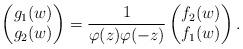
LaTeX: \begin{align*}\begin{pmatrix}g_1(w)\\g_2(w)\end{pmatrix}= \frac{1}{\varphi(z)\varphi(-z)} \begin{pmatrix}f_2(w)\\f_1(w)\end{pmatrix}.\end{align*}